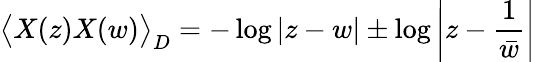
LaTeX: \big\langle X(z)X(w)\big\rangle_{D}=-\log|z-w|\pm\log\left|z-\frac 1{\bar{w}}\right|